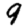
Digit: 9